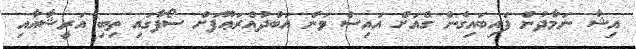
އިޝާ ނަމާދުން ފައިބައިގެން ގެއަށް އައިސް ވަން އަބްދުއްރަޢޫފަށް ސޯފާގައި ތިބި އަރީޝާއާއި